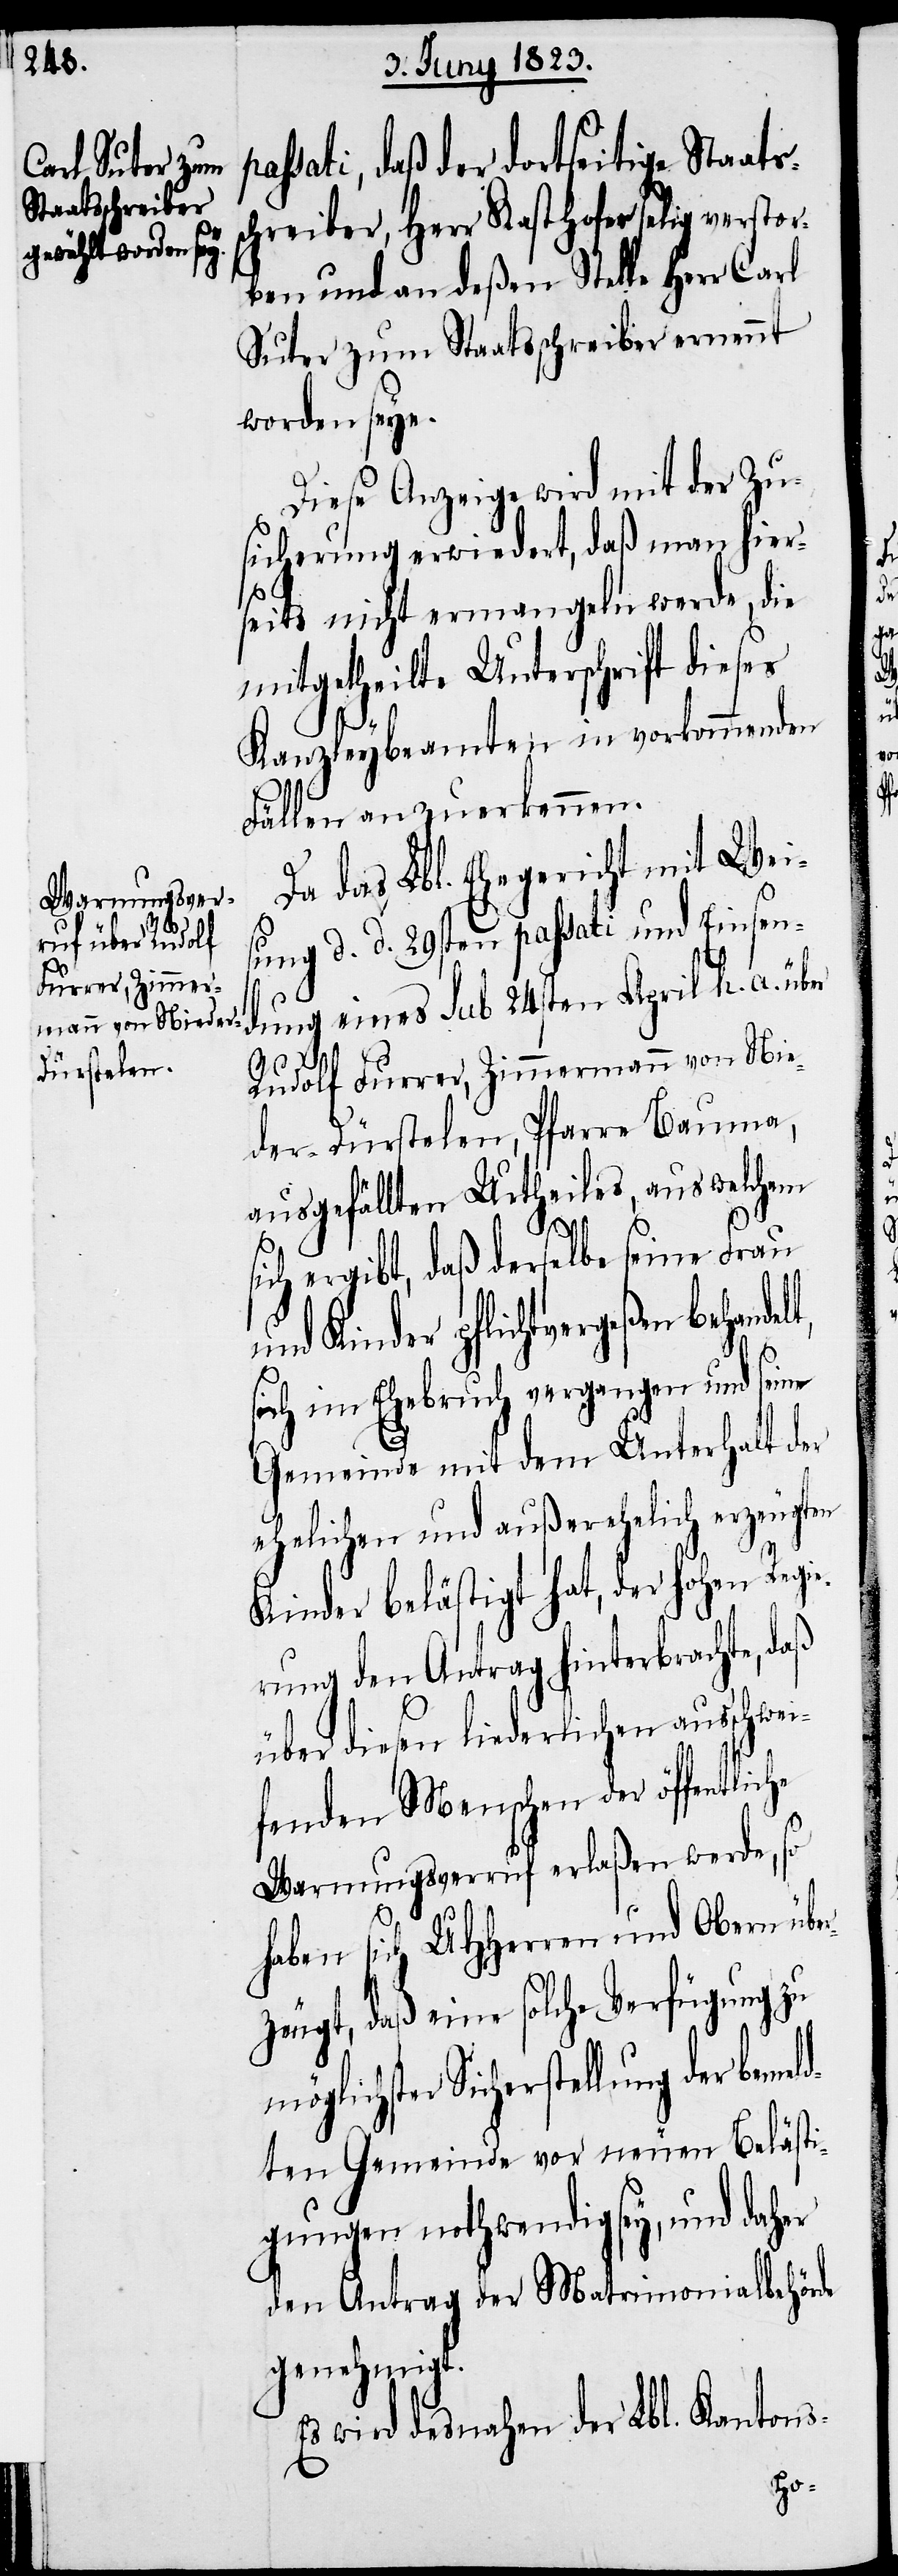
passati, daß der dortseitige Staats¬
schreiber, Herr Kasthofer selig verstor¬
ben und an deßen Stelle Herr Carl
Suter zum Staatsschreiber ernennt
worden seye.
Diese Anzeige wird mit der Zu¬
sicherung erwiedert, daß man hier¬
seits nicht ermangeln werde, die
mitgetheilte Unterschrift dieses
Kanzleybeamten in vorkommenden
Fällen anzuerkennen.
Da das Lbl. Ehegericht mit Weis¬
ung d. d. 29sten passati und Einsen¬
dung eines sub 24sten April h. a. über
Rudolf Furrer, Zimmermann von Nie¬
der-Dürstelen, Pfarre Bauma,
ausgefällten Urtheiles, aus welchem
sich ergibt, daß derselbe seine Frau
und Kinder pflichtvergeßen
sich im Ehebruch vergangen und seine
Gemeinde mit dem Unterhalt der
ehelichen und außerehelich erzeugten
Kinder belästigt hat, der hohen Regi¬
erung den Antrag hinterbrachte, daß
über diesen liederlichen ausschwe¬
ifenden Menschen der öffentlic¬
Warnungsverruf erlaßen werde, so
he
haben sich UHHerren und Obern übe¬
rzeugt, daß eine solche Verfügung zu
Sicherstellung der bemel¬
dten Gemeinde vor neuen Belästi¬
gungen nothwendig sey, und daher
den Antrag der Matrimonialbehörde
genehmigt.
Es wird desnahen der Lbl. Kantons-